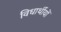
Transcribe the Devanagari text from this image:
विधार्थीयों